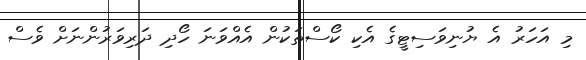
މި އަހަރު އެ ޔުނިވަސިޓީގެ އެކި ކޯސްތަކުން އެއްވަނަ ހޯދި ދަރިވަރުންނަށް ވެސް